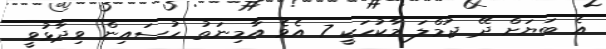
އެ ބަޔަށް ދޭ ޖުމްލަ މާކުހަކީ 7 އެވެ އާމިނަތު ހުސައިން ވިދާޅުވީ